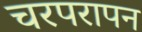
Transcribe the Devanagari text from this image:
चरपरापन